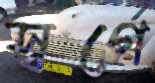
স্বর্গে